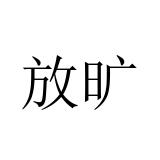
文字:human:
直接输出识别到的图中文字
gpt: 放旷